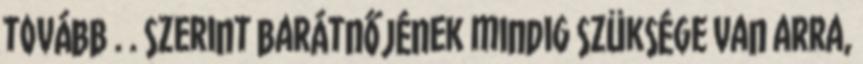
tovább . . szerint barátnőjének mindig szüksége van arra,